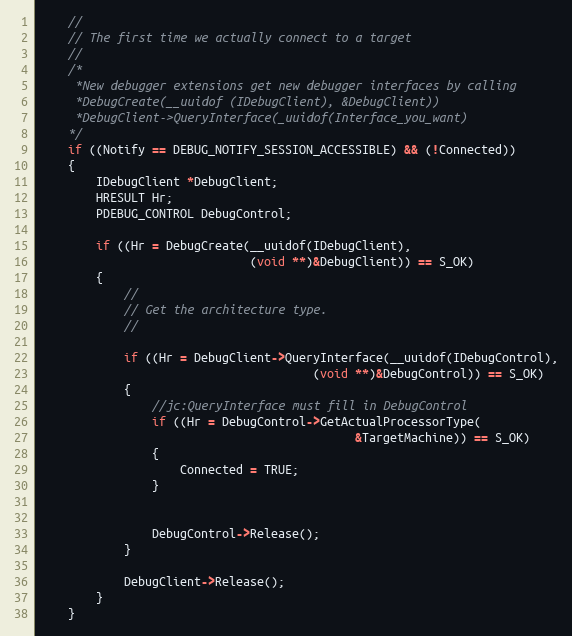
Language: C++
    //
    // The first time we actually connect to a target
    //
	/*
	 *New debugger extensions get new debugger interfaces by calling
	 *DebugCreate(__uuidof (IDebugClient), &DebugClient))
	 *DebugClient->QueryInterface(_uuidof(Interface_you_want)
	*/
    if ((Notify == DEBUG_NOTIFY_SESSION_ACCESSIBLE) && (!Connected))
    {
        IDebugClient *DebugClient;
        HRESULT Hr;
        PDEBUG_CONTROL DebugControl;

        if ((Hr = DebugCreate(__uuidof(IDebugClient),
                              (void **)&DebugClient)) == S_OK)
        {
            //
            // Get the architecture type.
            //

            if ((Hr = DebugClient->QueryInterface(__uuidof(IDebugControl),
                                       (void **)&DebugControl)) == S_OK)
            {
				//jc:QueryInterface must fill in DebugControl
                if ((Hr = DebugControl->GetActualProcessorType(
                                             &TargetMachine)) == S_OK)
                {
                    Connected = TRUE;
                }

                DebugControl->Release();
            }

            DebugClient->Release();
        }
    }